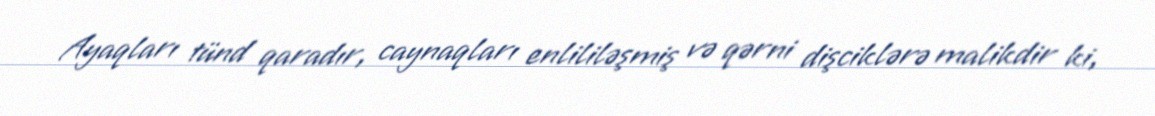
Ayaqları tünd qaradır, caynaqları enlililəşmiş və qərni dişciklərə malikdir ki,